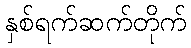
နှစ်ရက်ဆက်တိုက်